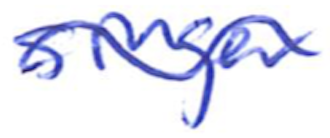
Text: singer
Cross-out: wave
Writing tool: ballpoint